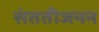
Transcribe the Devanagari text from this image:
संततीजनन